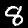
Label: 8